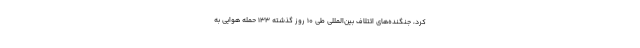
کرد، جنگنده‌های ائتلاف بین‌المللی طی ۱۰ روز گذشته ۱۳۳ حمله هوایی به